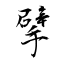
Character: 擘